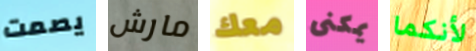
يصمت مارش معك يمكنى لأنكما